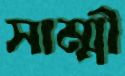
সাম্মী